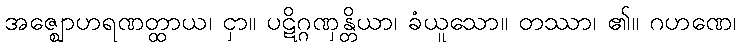
အဇ္ဈောဟရဏတ္ထာယ၊ ငှာ။ ပဋိဂ္ဂဏှန္တိယာ၊ ခံယူသော။ တဿာ၊ ၏။ ဂဟဏေ၊